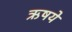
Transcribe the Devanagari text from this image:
ऋषये